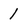
Character: 1